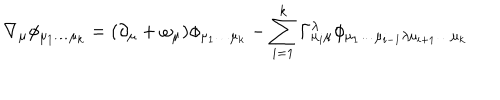
LaTeX: \nabla _ { \mu } \phi _ { \mu _ { 1 } \dots \mu _ { k } } = ( \partial _ { \mu } + \omega _ { \mu } ) \phi _ { \mu _ { 1 } \dots \mu _ { k } } - \sum _ { i = 1 } ^ { k } \Gamma _ { \mu _ { i } \mu } ^ { \lambda } \phi _ { \mu _ { 1 } \dots \mu _ { i - 1 } \lambda \mu _ { i + 1 } \dots \mu _ { k } }